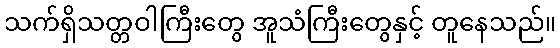
သက်ရှိသတ္တဝါကြီးတွေ အူသံကြီးတွေနှင့် တူနေသည်။